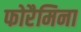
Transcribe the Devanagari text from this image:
फोरैमिना